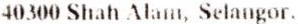
40300 SHAH ALAM, SELANGOR.